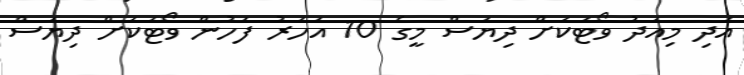
އަދި މިއަދު ވޯޓަކަށް ދިޔަސް މީގެ 10 އަހަރު ފަހުން ވޯޓަކަށް ދިޔަސް